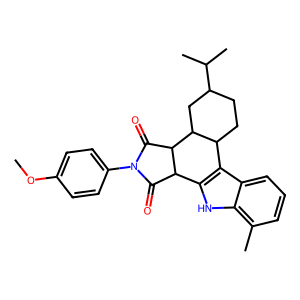
SMILES: COc1ccc(N2C(=O)C3c4[nH]c5c(C)cccc5c4C4CCC(C(C)C)CC4C3C2=O)cc1
Inhibits HIV replication: No